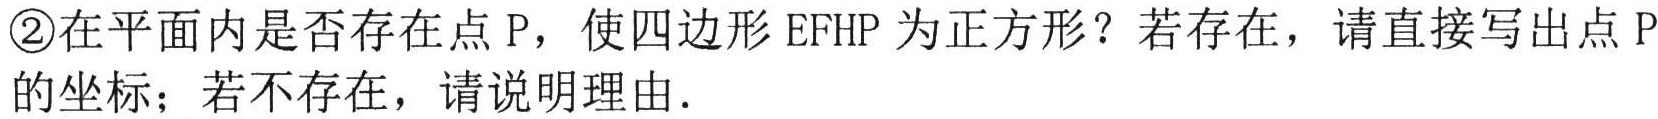
\textcircled{2}在平面内是否存在点 \(P\)，使四边形 \(EFHP\) 为正方形？若存在，请直接写出点 \(P\) 的坐标；若不存在，请说明理由.